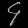
Digit: ၄